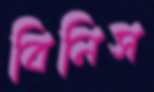
বিনিস